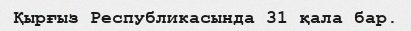
Қырғыз Республикасында 31 қала бар.